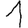
Digit: 1